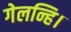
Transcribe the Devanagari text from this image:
गेलन्हि।